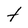
Character: t